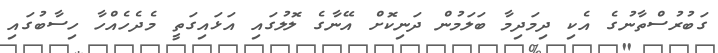
ގަބުރުސްތާނުގެ އެކި ދިމަދިމާ ބަލަމުން ދަނިކޮށް އޭނާގެ ލޮލުގައި އަޅައިގަތީ މެދެހެއްހާ ހިސާބުގައި